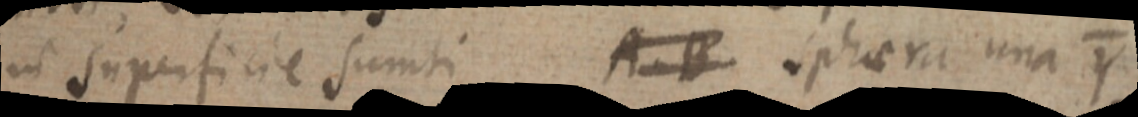
in superficie sumti A. B sphaera una Y